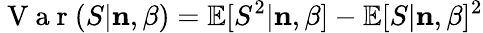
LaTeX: \mathrm{~V~a~r~}(S|{\mathbf n},\beta)=\mathbb{E}[S^{2}|{\mathbf n},\beta]-\mathbb{E}[S|{\mathbf n},\beta]^{2}